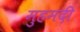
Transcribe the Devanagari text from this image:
मुहमदी